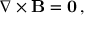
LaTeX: \nabla \times \mathbf { B } = \mathbf { 0 } \, ,